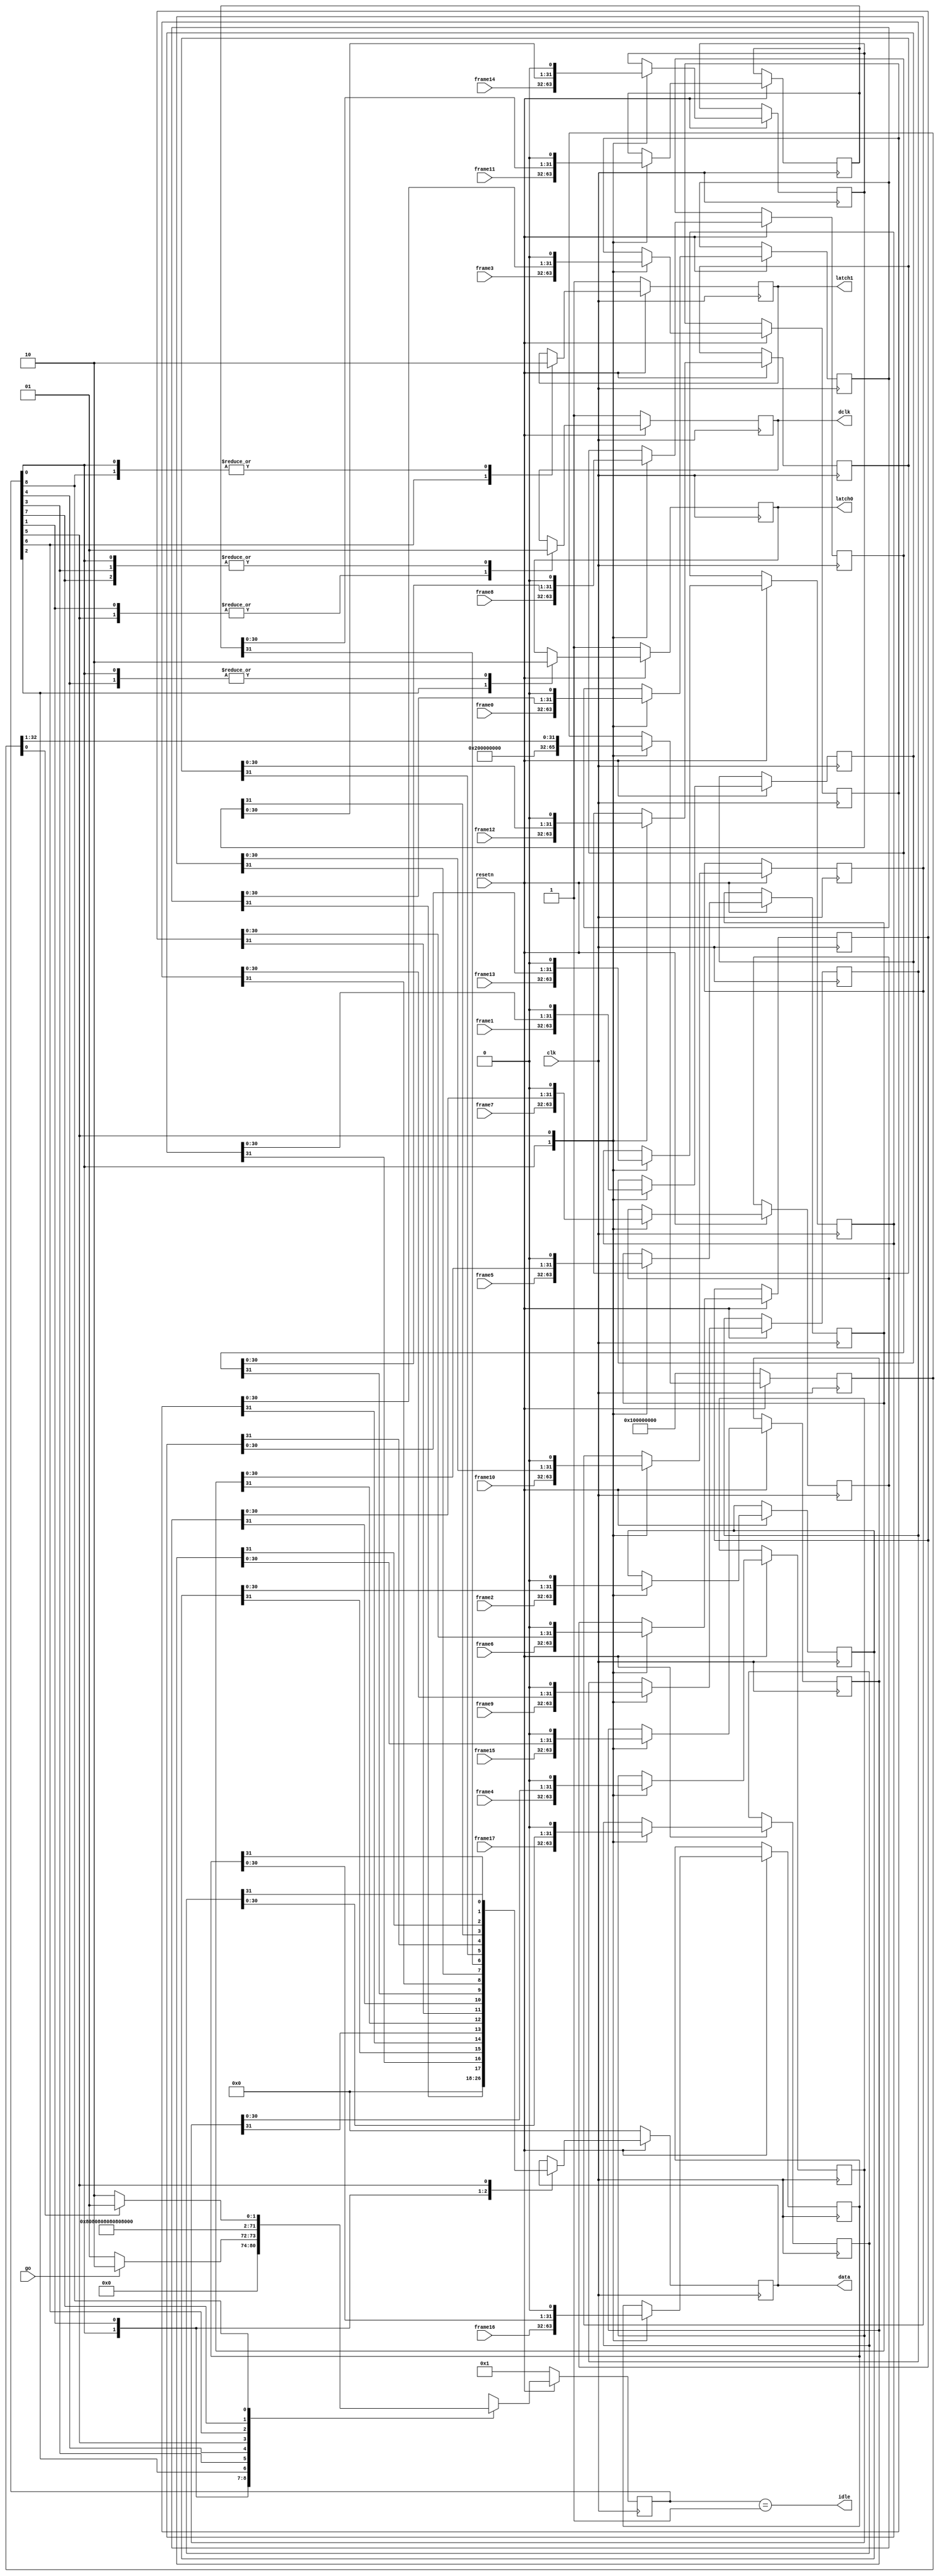
module led_bank #(
    parameter integer FRAME_LENGTH = 32
) (
    input clk,
    input resetn,
    input go,

    input [FRAME_LENGTH-1:0] frame0,
    input [FRAME_LENGTH-1:0] frame1,
    input [FRAME_LENGTH-1:0] frame2,
    input [FRAME_LENGTH-1:0] frame3,
    input [FRAME_LENGTH-1:0] frame4,
    input [FRAME_LENGTH-1:0] frame5,
    input [FRAME_LENGTH-1:0] frame6,
    input [FRAME_LENGTH-1:0] frame7,
    input [FRAME_LENGTH-1:0] frame8,
    input [FRAME_LENGTH-1:0] frame9,
    input [FRAME_LENGTH-1:0] frame10,
    input [FRAME_LENGTH-1:0] frame11,
    input [FRAME_LENGTH-1:0] frame12,
    input [FRAME_LENGTH-1:0] frame13,
    input [FRAME_LENGTH-1:0] frame14,
    input [FRAME_LENGTH-1:0] frame15,
    input [FRAME_LENGTH-1:0] frame16,
    input [FRAME_LENGTH-1:0] frame17,

    output reg dclk,
    output reg latch0,
    output reg latch1,
    output reg [8:0] data,
    output idle
);
    /* State enumeration */
    localparam SSIZE = 9;

    localparam IDLE  = 0;
    localparam SIDLE = 1 << IDLE;

    localparam B0    = 1;
    localparam SB0   = 1 << B0;

    localparam L0    = 2;
    localparam SL0   = 1 << L0;

    localparam C0    = 3;
    localparam SC0   = 1 << C0;

    localparam D0    = 4;
    localparam SD0   = 1 << D0;

    localparam B1    = 5;
    localparam SB1   = 1 << B1;

    localparam L1    = 6;
    localparam SL1   = 1 << L1;

    localparam C1    = 7;
    localparam SC1   = 1 << C1;

    localparam D1    = 8;
    localparam SD1   = 1 << D1;


    reg [FRAME_LENGTH-1:0] frame0_lat;
    reg [FRAME_LENGTH-1:0] frame1_lat;
    reg [FRAME_LENGTH-1:0] frame2_lat;
    reg [FRAME_LENGTH-1:0] frame3_lat;
    reg [FRAME_LENGTH-1:0] frame4_lat;
    reg [FRAME_LENGTH-1:0] frame5_lat;
    reg [FRAME_LENGTH-1:0] frame6_lat;
    reg [FRAME_LENGTH-1:0] frame7_lat;
    reg [FRAME_LENGTH-1:0] frame8_lat;
    reg [FRAME_LENGTH-1:0] frame9_lat;
    reg [FRAME_LENGTH-1:0] frame10_lat;
    reg [FRAME_LENGTH-1:0] frame11_lat;
    reg [FRAME_LENGTH-1:0] frame12_lat;
    reg [FRAME_LENGTH-1:0] frame13_lat;
    reg [FRAME_LENGTH-1:0] frame14_lat;
    reg [FRAME_LENGTH-1:0] frame15_lat;
    reg [FRAME_LENGTH-1:0] frame16_lat;
    reg [FRAME_LENGTH-1:0] frame17_lat;

    /* Local values */
    reg [SSIZE-1:0] state;
    wire [SSIZE-1:0] next_state;

    /* Idle signal */
    assign idle = (state == SIDLE);

    /* Next state logic */
    reg [FRAME_LENGTH:0] bit;
    assign next_state = next_state_function(state, bit, go);

    function [SSIZE-1:0] next_state_function;
        input [SSIZE-1:0] state;
        input [FRAME_LENGTH:0] bit;
        input go;
        (* parallel_case *)
        case (1)
            state[IDLE]: next_state_function = go ? SB0 : SIDLE;
            state[B0]:   next_state_function = SL0;
            state[L0]:   next_state_function = SC0;
            state[C0]:   next_state_function = SD0;
            state[D0]:   next_state_function = SB1;
            state[B1]:   next_state_function = SL1;
            state[L1]:   next_state_function = SC1;
            state[C1]:   next_state_function = SD1;
            state[D1]:   next_state_function = bit[0] ? SIDLE : SB0;
        endcase
    endfunction

    always @(posedge clk) begin
        if (!resetn) begin
            state <= SIDLE;
        end else begin
            state <= next_state;
        end
    end

    always @(posedge clk) begin
        if (!resetn) begin
            dclk   <= 1;
            latch0 <= 1;
            latch1 <= 1;
            data   <= 9'b0;

            bit    <= 1 << (FRAME_LENGTH);
        end else begin
            (* parallel_case *)
            case (1)
                state[IDLE]: begin
                    data <= 9'b0;
                    dclk <= 1;
                    latch0 <= 0;
                    latch1 <= 0;
                    bit <= 1 << (FRAME_LENGTH);
                    frame0_lat  <= frame0;
                    frame1_lat  <= frame1;
                    frame2_lat  <= frame2;
                    frame3_lat  <= frame3;
                    frame4_lat  <= frame4;
                    frame5_lat  <= frame5;
                    frame6_lat  <= frame6;
                    frame7_lat  <= frame7;
                    frame8_lat  <= frame8;
                    frame9_lat  <= frame9;
                    frame10_lat <= frame10;
                    frame11_lat <= frame11;
                    frame12_lat <= frame12;
                    frame13_lat <= frame13;
                    frame14_lat <= frame14;
                    frame15_lat <= frame15;
                    frame16_lat <= frame16;
                    frame17_lat <= frame17;
                end

                state[B0]: begin
                    data <= {frame0_lat[FRAME_LENGTH - 1],
                             frame1_lat[FRAME_LENGTH - 1],
                             frame2_lat[FRAME_LENGTH - 1],
                             frame3_lat[FRAME_LENGTH - 1],
                             frame4_lat[FRAME_LENGTH - 1],
                             frame5_lat[FRAME_LENGTH - 1],
                             frame6_lat[FRAME_LENGTH - 1],
                             frame7_lat[FRAME_LENGTH - 1],
                             frame8_lat[FRAME_LENGTH - 1]};
                    dclk <= 0;
                end

                state[L0]: begin
                    latch0 <= 1;
                end

                state[C0]: begin
                    dclk <= 1;
                end

                state[D0]: begin
                    latch0 <= 0;
                end

                state[B1]: begin
                    data <= {frame9_lat [FRAME_LENGTH - 1],
                             frame10_lat[FRAME_LENGTH - 1],
                             frame11_lat[FRAME_LENGTH - 1],
                             frame12_lat[FRAME_LENGTH - 1],
                             frame13_lat[FRAME_LENGTH - 1],
                             frame14_lat[FRAME_LENGTH - 1],
                             frame15_lat[FRAME_LENGTH - 1],
                             frame16_lat[FRAME_LENGTH - 1],
                             frame17_lat[FRAME_LENGTH - 1]};
                    dclk <= 0;
                    bit <=  bit >> 1;
                    frame0_lat  <= frame0_lat  << 1;
                    frame1_lat  <= frame1_lat  << 1;
                    frame2_lat  <= frame2_lat  << 1;
                    frame3_lat  <= frame3_lat  << 1;
                    frame4_lat  <= frame4_lat  << 1;
                    frame5_lat  <= frame5_lat  << 1;
                    frame6_lat  <= frame6_lat  << 1;
                    frame7_lat  <= frame7_lat  << 1;
                    frame8_lat  <= frame8_lat  << 1;
                    frame9_lat  <= frame9_lat  << 1;
                    frame10_lat <= frame10_lat << 1;
                    frame11_lat <= frame11_lat << 1;
                    frame12_lat <= frame12_lat << 1;
                    frame13_lat <= frame13_lat << 1;
                    frame14_lat <= frame14_lat << 1;
                    frame15_lat <= frame15_lat << 1;
                    frame16_lat <= frame16_lat << 1;
                    frame17_lat <= frame17_lat << 1;
                end

                state[L1]: begin
                    latch1 <= 1;
                end

                state[C1]: begin
                    dclk <= 1;
                end

                state[D1]: begin
                    latch1 <= 0;
                end
            endcase
        end
    end

endmodule